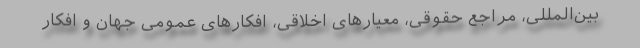
بین‌المللی، مراجع حقوقی، معیارهای اخلاقی، افکارهای عمومی جهان و افکار